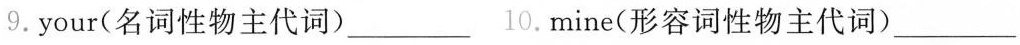
9.your(名词性物主代词)___ 10.mine(形容词性物主代词)___